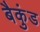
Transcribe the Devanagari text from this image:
बैकुंड